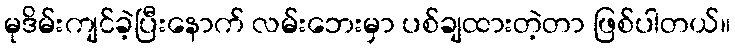
မုဒိမ်းကျင်ခဲ့ပြီးနောက် လမ်းဘေးမှာ ပစ်ချထားတဲ့တာ ဖြစ်ပါတယ်။